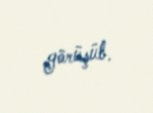
görüşüb.